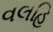
વલહિ